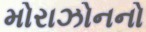
મોરાઝોનનો